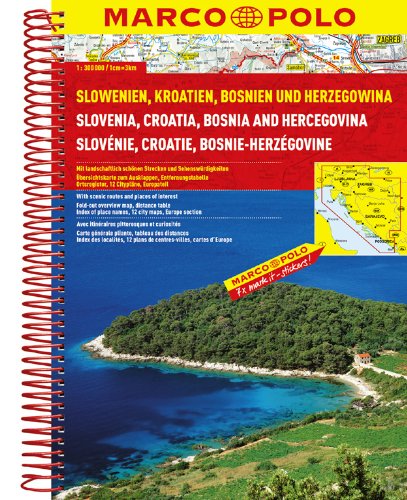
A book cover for Slovenia/Croatia/Bosnia Road Atlas (Marco Polo Road Atlas); Marco Polo Travel; Travel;